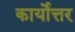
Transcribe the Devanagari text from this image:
कार्योत्तर